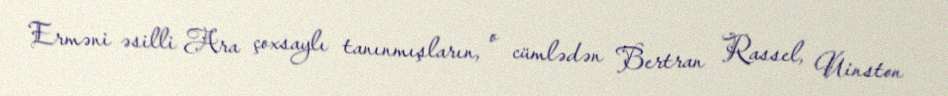
Erməni əsilli Ara çoxsaylı tanınmışların, o cümlədən Bertran Rassel, Uinston